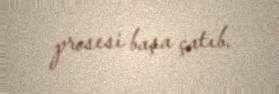
prosesi başa çatıb.